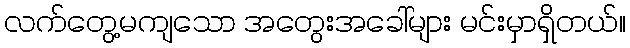
လက်တွေ့မကျသော အတွေးအခေါ်များ မင်းမှာရှိတယ်။